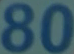
80